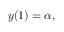
y ( 1 ) = \alpha ,